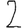
Digit: 2